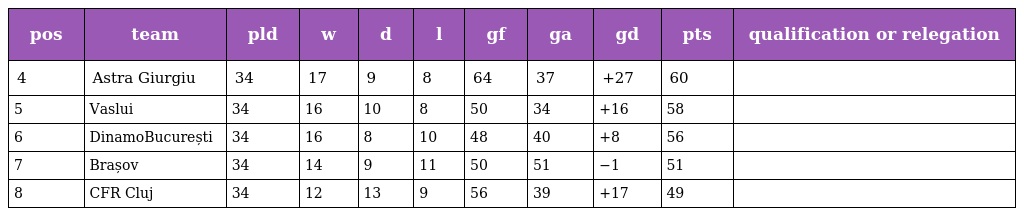
| pos | team | pld | w | d | l | gf | ga | gd | pts | qualification or relegation |
 | --- | --- | --- | --- | --- | --- | --- | --- | --- | --- | --- |
 | 4 | Astra Giurgiu | 34 | 17 | 9 | 8 | 64 | 37 | +27 | 60 |  |
 | 5 | Vaslui | 34 | 16 | 10 | 8 | 50 | 34 | +16 | 58 |  |
 | 6 | DinamoBucurești | 34 | 16 | 8 | 10 | 48 | 40 | +8 | 56 |  |
 | 7 | Brașov | 34 | 14 | 9 | 11 | 50 | 51 | −1 | 51 |  |
 | 8 | CFR Cluj | 34 | 12 | 13 | 9 | 56 | 39 | +17 | 49 |  |